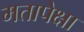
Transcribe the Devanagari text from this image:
मतापेक्षा